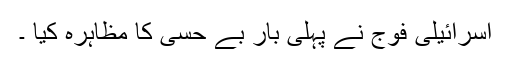
اسرائیلی فوج نے پہلی بار بے حسی کا مظاہرہ کیا ۔